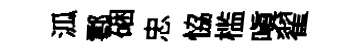
泒鄠硱忠恊槛嗔翟